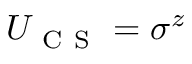
U _ { \mathrm { ~ C ~ S ~ } } = \sigma ^ { z }